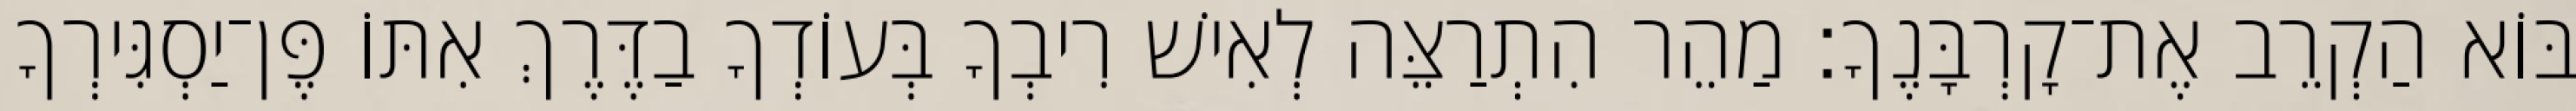
בּוֹא הַקְרֵב אֶת־קָרְבָּנֶךָ׃ מַהֵר הִתְרַצֵּה לְאִישׁ רִיבְךָ בְּעוֹדְךָ בַדֶּרֶךְ אִתּוֹ פֶּן־יַסְגִּירְךָ